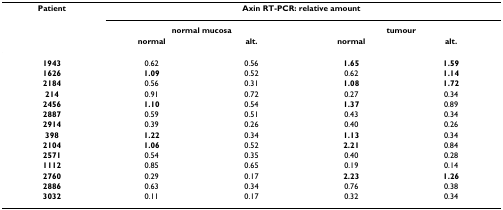
<table><thead><tr><td><b>Patient</b></td><td colspan="4"><b>Axin RT-PCR: relative amount</b></td></tr><tr><td></td><td colspan="2"><b>normal mucosa</b></td><td colspan="2"><b>tumour</b></td></tr><tr><td></td><td><b>normal</b></td><td><b>alt.</b></td><td><b>normal</b></td><td><b>alt.</b></td></tr></thead><tbody><tr><td><b>1943</b></td><td>0.62</td><td>0.56</td><td><b>1.65</b></td><td><b>1.59</b></td></tr><tr><td><b>1626</b></td><td><b>1.09</b></td><td>0.52</td><td>0.62</td><td><b>1.14</b></td></tr><tr><td><b>2184</b></td><td>0.56</td><td>0.31</td><td><b>1.08</b></td><td><b>1.72</b></td></tr><tr><td><b>214</b></td><td>0.91</td><td>0.72</td><td>0.27</td><td>0.34</td></tr><tr><td><b>2456</b></td><td><b>1.10</b></td><td>0.54</td><td><b>1.37</b></td><td>0.89</td></tr><tr><td><b>2887</b></td><td>0.59</td><td>0.51</td><td>0.43</td><td>0.34</td></tr><tr><td><b>2914</b></td><td>0.39</td><td>0.26</td><td>0.40</td><td>0.26</td></tr><tr><td><b>398</b></td><td><b>1.22</b></td><td>0.34</td><td><b>1.13</b></td><td>0.34</td></tr><tr><td><b>2104</b></td><td><b>1.06</b></td><td>0.52</td><td><b>2.21</b></td><td>0.84</td></tr><tr><td><b>2571</b></td><td>0.54</td><td>0.35</td><td>0.40</td><td>0.28</td></tr><tr><td><b>1112</b></td><td>0.85</td><td>0.65</td><td>0.19</td><td>0.14</td></tr><tr><td><b>2760</b></td><td>0.29</td><td>0.17</td><td><b>2.23</b></td><td><b>1.26</b></td></tr><tr><td><b>2886</b></td><td>0.63</td><td>0.34</td><td>0.76</td><td>0.38</td></tr><tr><td><b>3032</b></td><td>0.11</td><td>0.17</td><td>0.32</td><td>0.34</td></tr></tbody></table>